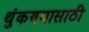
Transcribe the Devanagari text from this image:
थुंकण्यासाठी